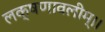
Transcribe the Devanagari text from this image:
लक्षणावलीम्।।